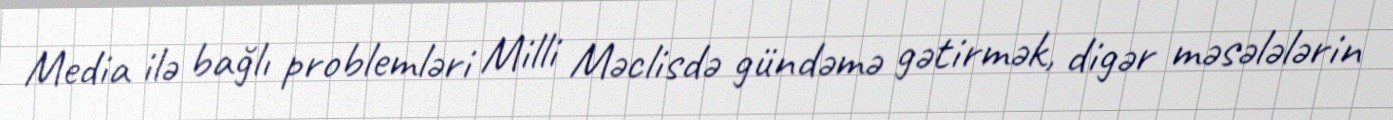
Media ilə bağlı problemləri Milli Məclisdə gündəmə gətirmək, digər məsələlərin